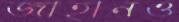
জাহানও